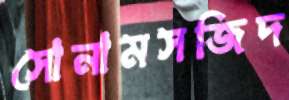
সোনামসজিদ